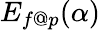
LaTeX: E_{f@p}(\alpha)